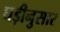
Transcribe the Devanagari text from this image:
घड़ीनुसार